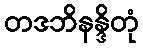
တဒဘိနန္ဒိတုံ